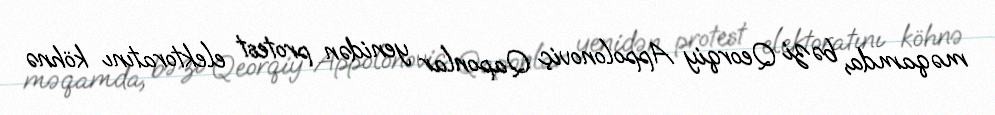
məqamda, bəzi Qeorqiy Appolonoviç Qaponlar yenidən protest elektoratını köhnə